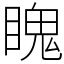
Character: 䁛